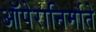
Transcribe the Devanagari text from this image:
ऑपेरानिर्माते